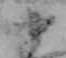
十